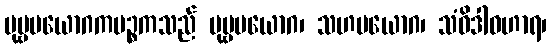
ပုဗ္ဗပယောဂကပဉ္စကသည် ပုဗ္ဗပယောဂ၊ သဟပယောဂ၊ သံဝိဒါဝဟာရ၊